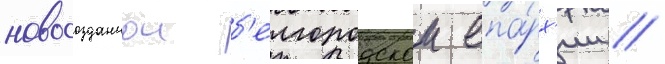
новосозданнои б'елгородскои епа́рх'ии //